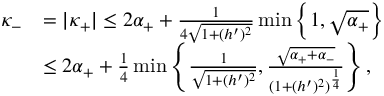
\begin{array} { r l } { \kappa _ { - } } & { = | \kappa _ { + } | \leq 2 \alpha _ { + } + \frac { 1 } { 4 \sqrt { 1 + ( h ^ { \prime } ) ^ { 2 } } } \operatorname* { m i n } \left\lbrace 1 , \sqrt { \alpha _ { + } } \right\rbrace } \\ & { \leq 2 \alpha _ { + } + \frac { 1 } { 4 } \operatorname* { m i n } \left\lbrace \frac { 1 } { \sqrt { 1 + ( h ^ { \prime } ) ^ { 2 } } } , \frac { \sqrt { \alpha _ { + } + \alpha _ { - } } } { ( 1 + ( h ^ { \prime } ) ^ { 2 } ) ^ { \frac { 1 } { 4 } } } \right\rbrace , } \end{array}